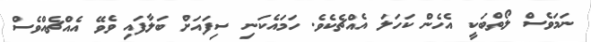
ނަމަވެސް ލޯތްބަކީ އެހެން ކަހަލަ އެއްޗެކެވެ. ހަމައެކަނި ސިފައަށް ބަލާފައި ވެވޭ އެއްޗެއްވެސް